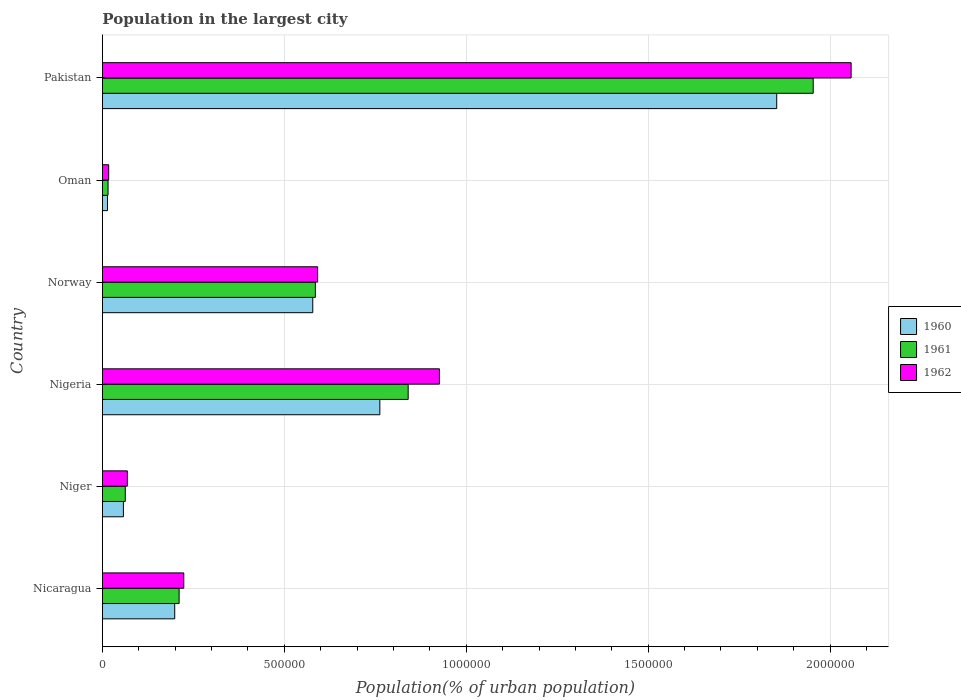
| Country | 1960 | 1961 | 1962 |
 | --- | --- | --- | --- |
 | Nicaragua | 1.99e+05 | 2.11e+05 | 2.24e+05 |
 | Niger | 5.75e+04 | 6.27e+04 | 6.83e+04 |
 | Nigeria | 7.62e+05 | 8.4e+05 | 9.26e+05 |
 | Norway | 5.78e+05 | 5.85e+05 | 5.91e+05 |
 | Oman | 1.38e+04 | 1.54e+04 | 1.71e+04 |
 | Pakistan | 1.85e+06 | 1.95e+06 | 2.06e+06 |